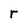
Character: r